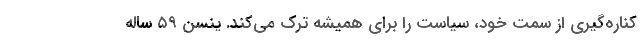
کناره‌گیری از سمت خود، سیاست را برای همیشه ترک می‌کند. ینسن ۵۹ ساله